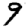
Digit: 9